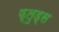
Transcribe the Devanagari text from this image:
फ्लुड्स